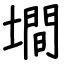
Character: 墹